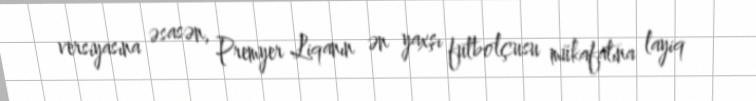
versiyasına əsasən, Premyer Liqanın ən yaxşı futbolçusu mükafatına layiq